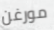
مورغن